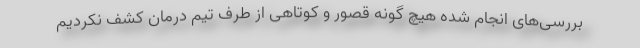
بررسی‌های انجام شده هیچ گونه قصور و کوتاهی از طرف تیم درمان کشف نکردیم